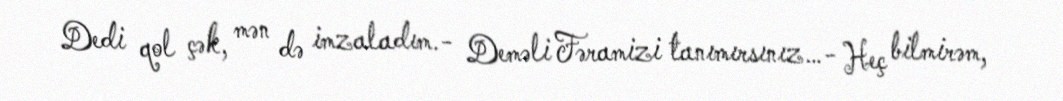
Dedi qol çək, mən də imzaladım.- Deməli Fəramizi tanımırsınız…- Heç bilmirəm,